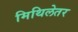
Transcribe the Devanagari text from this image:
मिथिलेतर